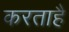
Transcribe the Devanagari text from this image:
करताहै